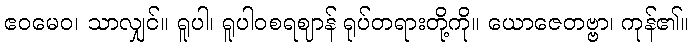
ဧဝမေဝ၊ သာလျှင်။ ရူပါ၊ ရူပါဝစရဈာန် ရုပ်တရားတို့ကို။ ယောဇေတဗ္ဗာ၊ ကုန်၏။